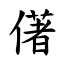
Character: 㒂